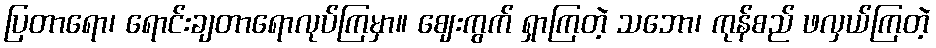
ပြတာရော၊ ရောင်းချတာရောလုပ်ကြမှာ။ ဈေးကွက် ရှာကြတဲ့ သဘော၊ ကုန်စည် ဖလှယ်ကြတဲ့